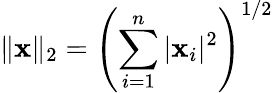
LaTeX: \| \mathbf{x}\| _{2}=\left(\sum_{i=1}^{n}|\mathbf{x}_{i}|^{2}\right)^{1/2}